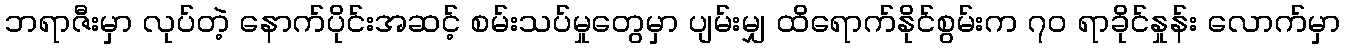
ဘရာဇီးမှာ လုပ်တဲ့ နောက်ပိုင်းအဆင့် စမ်းသပ်မှုတွေမှာ ပျမ်းမျှ ထိရောက်နိုင်စွမ်းက ၇၀ ရာခိုင်နှုန်း လောက်မှာ